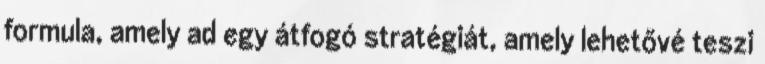
formula, amely ad egy átfogó stratégiát, amely lehetővé teszi